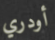
أودري